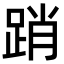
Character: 踃